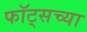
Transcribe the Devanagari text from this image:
फॉट्सच्या